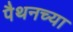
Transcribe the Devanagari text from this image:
पैथनच्या